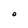
Character: o